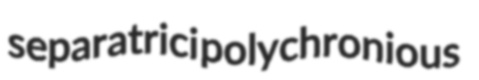
separatrici polychronious